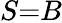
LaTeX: S{=}B